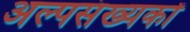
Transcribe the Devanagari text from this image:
अल्पसंख्‍यकों